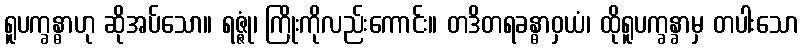
ရူပက္ခန္ဓာဟု ဆိုအပ်သော။ ရဇ္ဇုံ၊ ကြိုးကိုလည်းကောင်း။ တဒိတရခန္ဓာဝှယံ၊ ထိုရူပက္ခန္ခာမှ တပါးသော